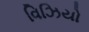
વિઝિયો